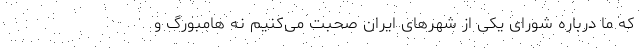
که ما درباره شورای یکی از شهرهای ایران صحبت می‌کنیم نه هامبورگ و